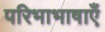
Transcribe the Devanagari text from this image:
परिभाभाषाएँ